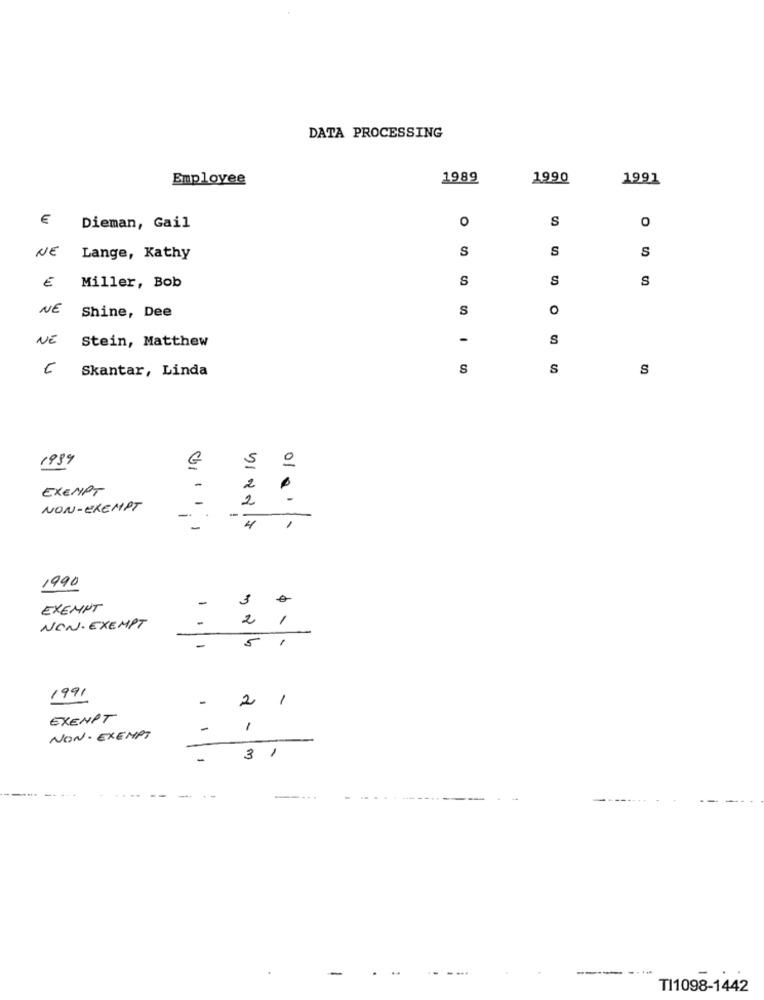
DATA PROCESSING
Employee
1989
1990
1991
O
S
€ Dieman, Gail
S
S
S
NE Lange, Kathy
E
S
S
S
Miller, Bob
NE
S
O
Shine, Dee
NE
Stein, Matthew
S
Skantar, Linda
S
S
S
1999
EXEMPT
-
2
-
2
NON-EXEMPT
--
-
-
4
/
1990
-
3
EXEMPT
2
1
NON. EXEMPT
5
1
1991
-
2
1
EXEMPT
-
1
NON- EXEMPT
3 1
------
TI1098-1442